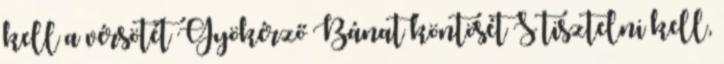
kell a vérsötét Gyökérző Bánat köntösét S tisztelni kell,